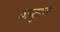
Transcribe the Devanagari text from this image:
वास्तुरूप